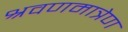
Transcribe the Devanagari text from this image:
श्रवणमात्रेण